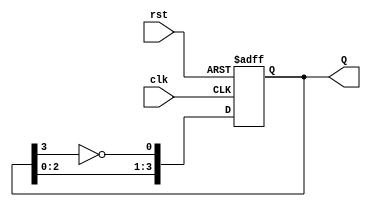
module modified_johnson_counter #(
    parameter N = 4 // Number of flip-flops
)(
    input wire clk,
    input wire rst,
    output reg [N-1:0] Q
);

    always @(posedge clk or posedge rst) begin
        if (rst) begin
            Q <= 0; // Initialize the counter to 0 on reset
        end else begin
            Q <= {Q[N-2:0], ~Q[N-1]}; // Shift left and feedback inverted output
        end
    end

endmodule